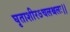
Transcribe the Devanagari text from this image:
घृताशीरऽचलश्चलः।।